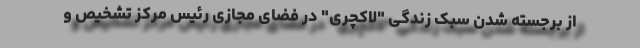
از برجسته شدن سبک زندگی "لاکچری" در فضای مجازی رئیس مرکز تشخیص و